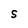
Character: S